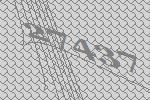
27437